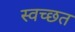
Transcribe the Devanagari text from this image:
स्वच्छत